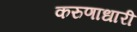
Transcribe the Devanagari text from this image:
करुणाधारी